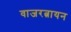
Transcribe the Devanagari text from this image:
वाजरत्नायन